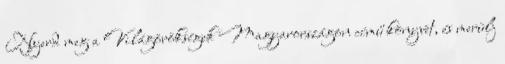
Nyerd meg a Világörökségek Magyarországon című könyvet, és merülj